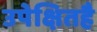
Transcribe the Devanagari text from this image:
उपेक्षितहै